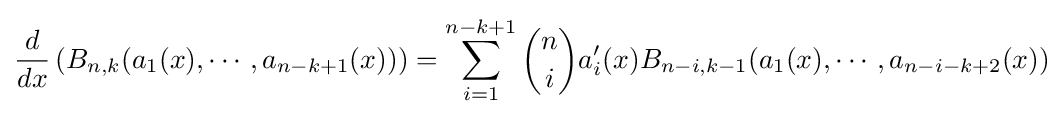
{\frac {d}{dx}}\left(B_{n,k}(a_{1}(x),\cdots ,a_{n-k+1}(x))\right)=\sum _{i=1}^{n-k+1}{\binom {n}{i}}a_{i}'(x)B_{n-i,k-1}(a_{1}(x),\cdots ,a_{n-i-k+2}(x))